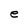
Character: e